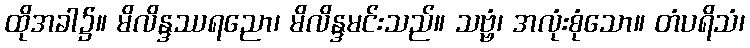
ထိုအခါ၌။ မိလိန္ဒဿရညော၊ မိလိန္ဒမင်းသည်။ သဗ္ဗံ၊ အလုံးစုံသော။ တံပရိသံ၊